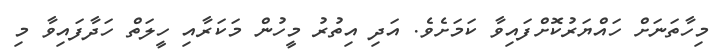
މިހާތަނަށް ހައްޔަރުކޮށްފައިވާ ކަމަށެވެ. އަދި އިތުރު މީހުން މަކަރާއި ހީލަތް ހަދާފައިވާ މި